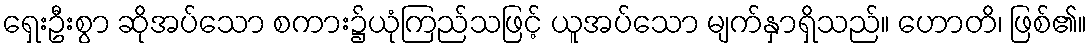
ရှေးဦးစွာ ဆိုအပ်သော စကား၌ယုံကြည်သဖြင့် ယူအပ်သော မျက်နှာရှိသည်။ ဟောတိ၊ ဖြစ်၏။